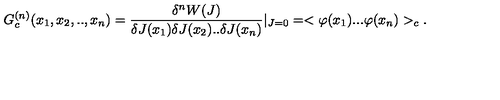
G _ { c } ^ { ( n ) } ( x _ { 1 } , x _ { 2 } , . . , x _ { n } ) = \frac { \delta ^ { n } W ( J ) } { \delta J ( x _ { 1 } ) \delta J ( x _ { 2 } ) . . \delta J ( x _ { n } ) } | _ { J = 0 } = < \varphi ( x _ { 1 } ) . . . \varphi ( x _ { n } ) > _ { c } .